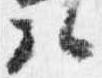
弘